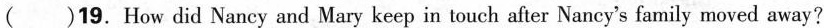
( )19. How did Naney and Mary keep in touch after Nancy's family moved away?